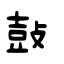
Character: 鼔